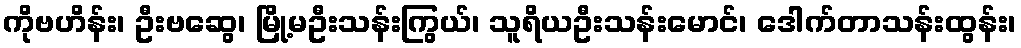
ကိုဗဟိန်း၊ ဦးဗဆွေ၊ မြို့မဦးသန်းကြွယ်၊ သူရိယဦးသန်းမောင်၊ ဒေါက်တာသန်းထွန်း၊